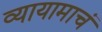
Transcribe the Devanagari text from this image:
व्यायामाचं